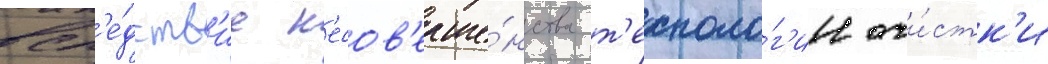
всл'е́дств'ие н'есов'ерше́нства т'ехноло́г'ии очи́стк'и